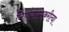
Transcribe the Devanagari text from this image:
निर्णयात्मकरीत्या